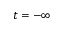
t = - \infty